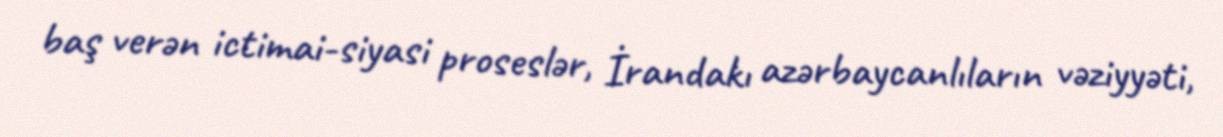
baş verən ictimai-siyasi proseslər, İrandakı azərbaycanlıların vəziyyəti,